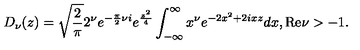
D _ { \nu } ( z ) = \sqrt { { \frac { 2 } { \pi } } } 2 ^ { \nu } e ^ { - { \frac { \pi } { 2 } } \nu i } e ^ { { \frac { z ^ { 2 } } { 4 } } } \int _ { - \infty } ^ { \infty } x ^ { \nu } e ^ { - 2 x ^ { 2 } + 2 i x z } d x , \mathrm { R e } \nu > - 1 .